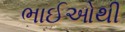
ભાઈઓથી